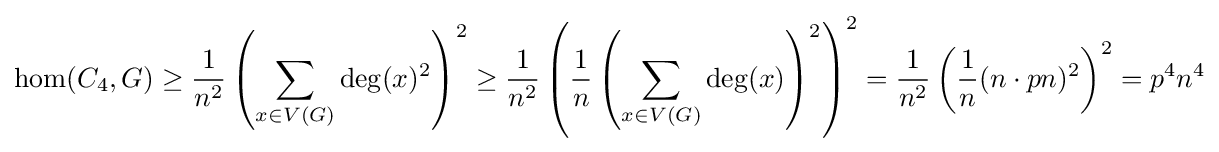
\operatorname {hom} (C_{4},G)\geq {\frac {1}{n^{2}}}\left(\sum _{x\in V(G)}\deg(x)^{2}\right)^{2}\geq {\frac {1}{n^{2}}}\left({\frac {1}{n}}\left(\sum _{x\in V(G)}\deg(x)\right)^{2}\right)^{2}={\frac {1}{n^{2}}}\left({\frac {1}{n}}(n\cdot pn)^{2}\right)^{2}=p^{4}n^{4}